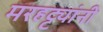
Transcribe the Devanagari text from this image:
मरहट्ट्यांनी